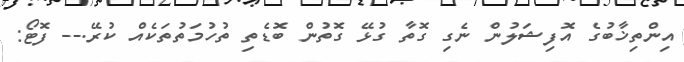
އިންތިޚާބުގެ އޮފިޝަލުން ނެގި ގޮތާ ގުޅޭ ގޮތުން ބޮޑެތި ތުހުމަތުތަކެއް ކުރޭ.-- ފޮޓޯ: